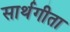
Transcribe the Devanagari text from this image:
सार्थगीता